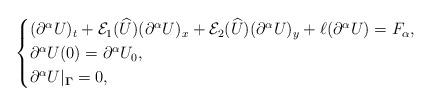
LaTeX: \begin{align*}\begin{cases}(\partial^\alpha U)_t + \mathcal{E}_1(\widehat U) (\partial^\alpha U)_x + \mathcal{E}_2(\widehat U) (\partial^\alpha U)_y + \ell (\partial^\alpha U) = F_\alpha,\\\partial^\alpha U(0)=\partial^\alpha U_0,\\\partial^\alpha U|_{\boldsymbol\Gamma} = 0,\end{cases}\end{align*}